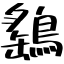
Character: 鷂